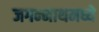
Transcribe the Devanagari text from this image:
जगन्‍नाथमध्ये